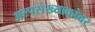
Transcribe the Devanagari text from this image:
अल्पसंख्याकांवर